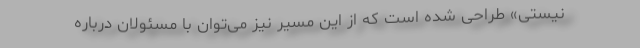
نیستی» طراحی شده است که از این مسیر نیز می‌توان با مسئولان درباره